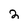
Character: 2